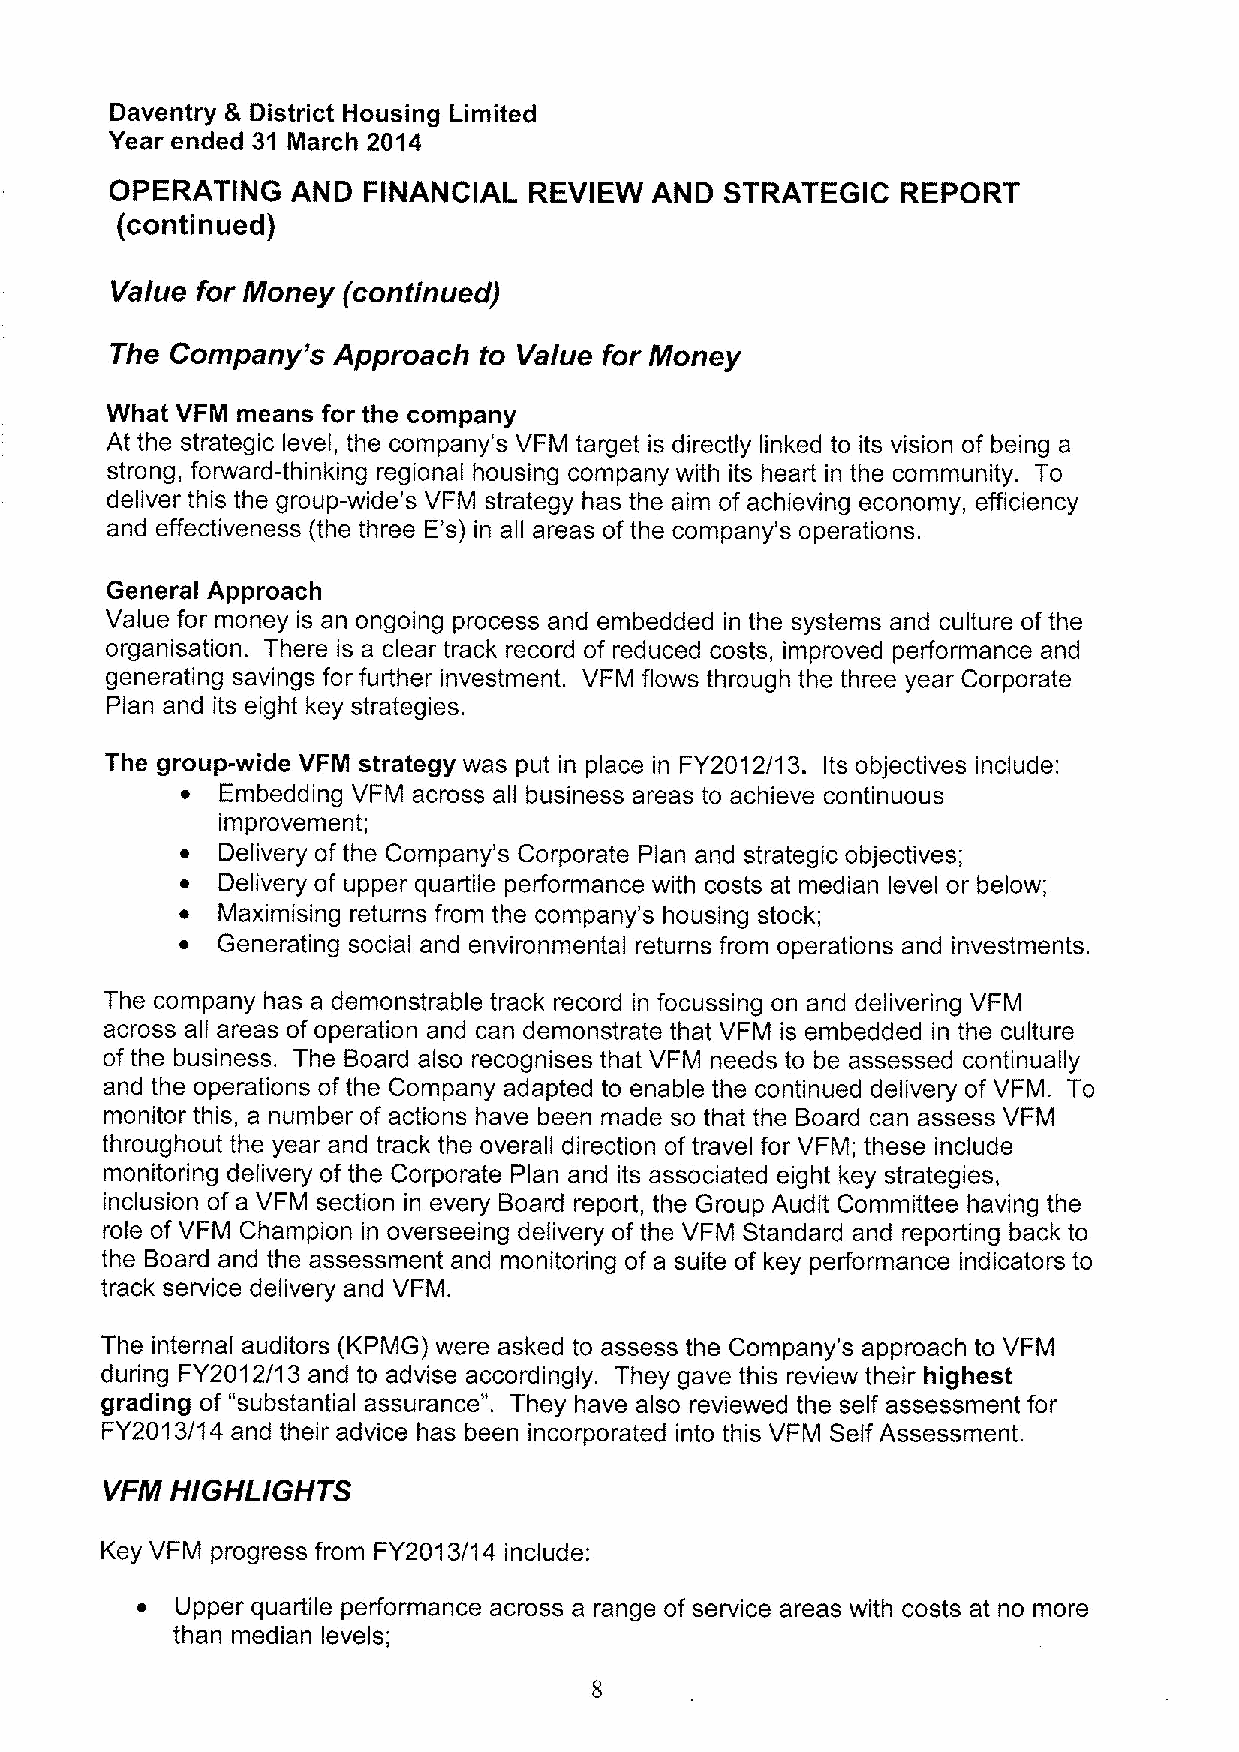
Daventry & District Housing Limited
 Year ended 31 March 2014
 OPERATING   AND  FINANCIAL  REVIEW  AND  STRATEGIC   REPORT
 (continued)
 Va/ue for Money (continued)
 The Company's  Approach  to Va/ue for Money
 What VFM means for the company
 At the strategic level, the company's VFM target is directly linked to its vision of being a
 strong, forward-thinking regional housing company with its heart in the community. To
 deliver this the group-wide's VFM strategy has the aim of achieving economy, efficiency
 and effectiveness (the three E's) in all areas of the company's operations.
 General Approach
 Value for money is an ongoing process and embedded in the systems and culture of the
 organisation. There is a clear track record of reduced costs, improved performance and
 generating savings for further investment. VFM flows through the three year Corporate
 Plan and its eight key strategies.
 The group-wide VFM strategy was put in place in FY2012/13. Its objectives include:
 ~ Embedding VFM across all business areas to achieve continuous
 improvement;
 ~ Delivery of the Company's Corporate Plan and strategic objectives;
 ~ Delivery of upper quartile performance with costs at median level or below;
 ~ Maximising returns from the company's housing stock;
 ~ Generating social and environmental returns from operations and investments.
 The company has a demonstrable track record in focussing on and delivering VFM
 across all areas of operation and can demonstrate that VFM is embedded in the culture
 of the business. The Board also recognises that VFM needs to be assessed continually
 and the operations of the Company adapted to enable the continued delivery of VFM. To
 monitor this, a number of actions have been made so that the Board can assess VFM
 throughout the year and track the overall direction oftravel for VFM; these include
 monitoring delivery of the Corporate Plan and its associated eight key strategies,
 inclusion of a VFM section in every Board report, the Group Audit Committee having the
 role of VFM Champion in overseeing delivery of the VFM Standard and reporting back to
 the Board and the assessment and monitoring of a suite of key performance indicators to
 track service delivery and VFM.
 The internal auditors (KPMG) were asked to assess the Company's approach to VFM
 during FY2012/13 and to advise accordingly. They gave this review their highest
 grading of "substantial assurance". They have also reviewed the self assessment for
 FY2013/14 and their advice has been incorporated into this VFM Self Assessment.
 VFM HIGHLIGHTS
 Key VFM progress from FY2013/14 include:
 ~  Upper quartile performance across a range of service areas with costs at no more
 than median levels;